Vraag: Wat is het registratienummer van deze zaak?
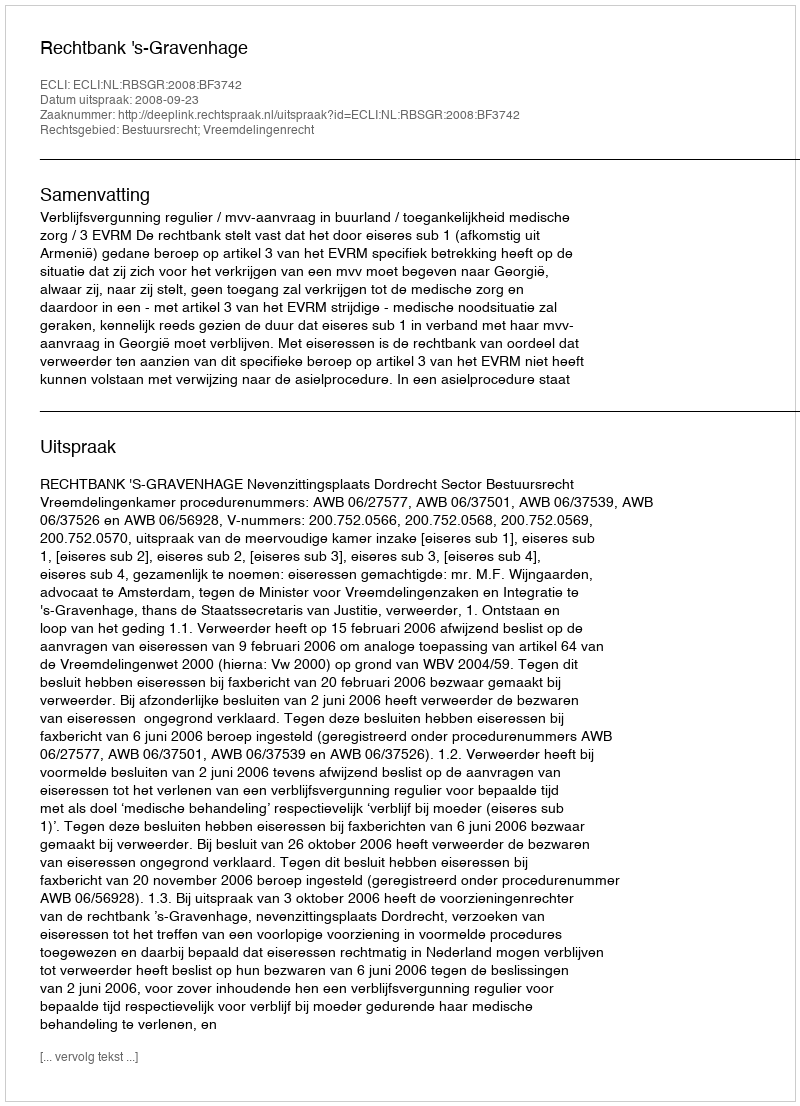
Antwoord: http://deeplink.rechtspraak.nl/uitspraak?id=ECLI:NL:RBSGR:2008:BF3742